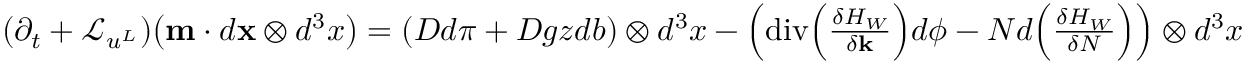
\begin{array} { r } { ( \partial _ { t } + \mathcal { L } _ { u ^ { L } } ) \big ( \mathbf { m } \cdot d { \mathbf { x } } \otimes d ^ { 3 } x \big ) = \left( D d \pi + D g z d b \right) \otimes d ^ { 3 } x - \left( \mathrm { d i v } \Big ( \frac { \delta H _ { W } } { \delta { \mathbf { k } } } \Big ) d \phi - N d \Big ( \frac { \delta H _ { W } } { \delta N } \Big ) \right) \otimes d ^ { 3 } x } \end{array}